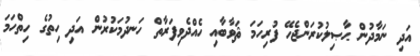
އަދި ނަމާދުން ޙާޞިލުކުރަންޖެހޭ ފުރިހަމަ ޘަވާބާއި ހެއްދެވިފަރާތް ހަނދުމަކުރުން އަދި ހިތުގެ ހިތްހަމަ